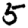
Digit: 5